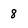
Character: 8